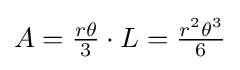
A={\tfrac {r\theta }{3}}\cdot L={\tfrac {r^{2}\theta ^{3}}{6}}